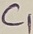
Text: C1